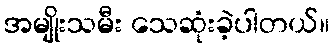
အမျိုးသမီး သေဆုံးခဲ့ပါတယ်။